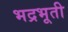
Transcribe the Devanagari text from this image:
भद्रभूती